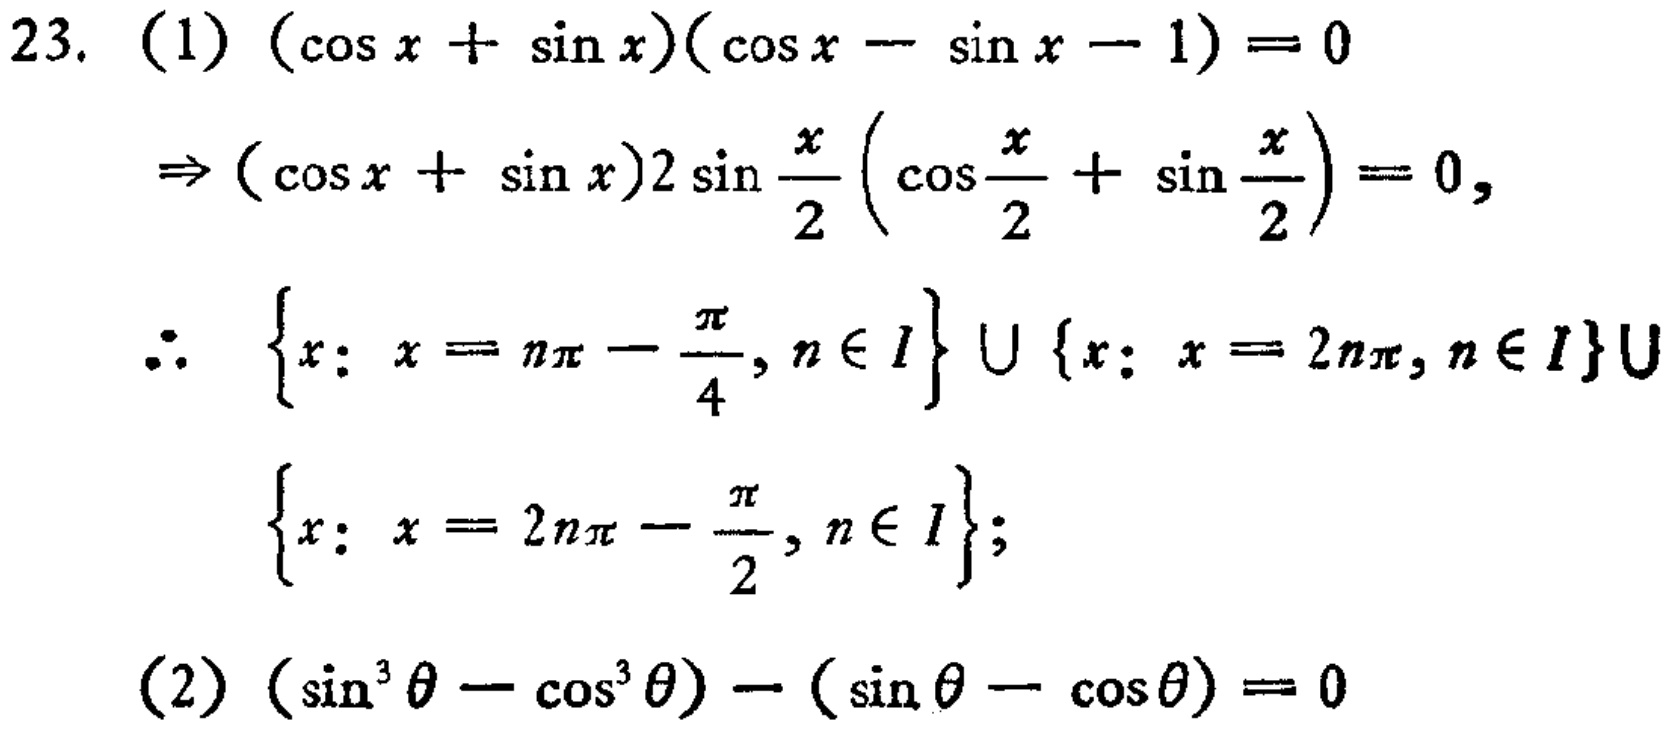
23. (1) \((\cos x+\sin x)(\cos x - \sin x - 1)=0\)
\(\Rightarrow (\cos x+\sin x)2\sin\frac{x}{2}(\cos\frac{x}{2}+\sin\frac{x}{2}) = 0\),
\(\therefore \{x: x=n\pi-\frac{\pi}{4}, n\in I\}\cup\{x: x = 2n\pi, n\in I\}\cup\)
\(\{x: x = 2n\pi-\frac{\pi}{2}, n\in I\}\);
(2) \((\sin^{3}\theta-\cos^{3}\theta)-(\sin\theta - \cos\theta)=0\)